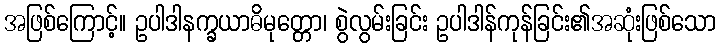
အဖြစ်ကြောင့်။ ဥပါဒါနက္ခယာဓိမုတ္တော၊ စွဲလွမ်းခြင်း ဥပါဒါန်ကုန်ခြင်း၏အဆုံးဖြစ်သော